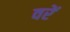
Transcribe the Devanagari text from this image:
वरें